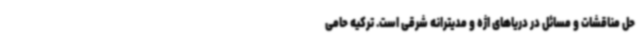
حل مناقشات و مسائل در دریاهای اژه و مدیترانه شرقی است. ترکیه حامی